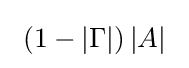
\ \left(1-|\Gamma |\right)|A|\